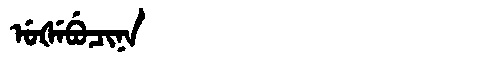
Manchu: ᡠᡧᡝᠪᡠᠴᡳᠨᠠ
Romanization: UŠEBUCINA